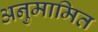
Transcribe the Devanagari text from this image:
अनुमामित